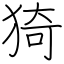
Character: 猗